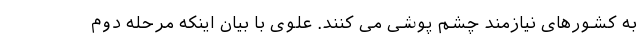
به کشورهای نیازمند چشم پوشی می کنند. علوی با بیان اینکه مرحله دوم